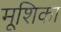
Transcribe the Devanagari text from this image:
मूशिका